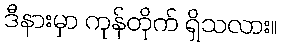
ဒီနားမှာ ကုန်တိုက် ရှိသလား။